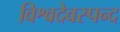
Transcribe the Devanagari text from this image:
विश्वदेवस्पन्द